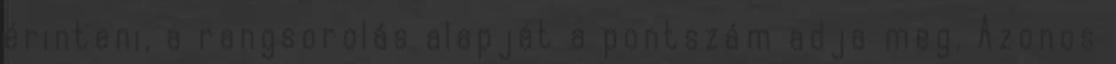
érinteni, a rangsorolás alapját a pontszám adja meg. Azonos